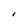
Character: I